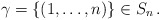
\begin{align*}\gamma=\{(1,\ldots,n)\}\in S_n\,.\end{align*}